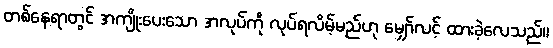
တစ်နေရာတွင် အကျိုးပေးသော အလုပ်ကို လုပ်ရလိမ့်မည်ဟု မျှော်လင့် ထားခဲ့လေသည်။